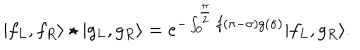
| f _ { L } , f _ { R } \rangle \star | g _ { L } , g _ { R } \rangle = e ^ { - \int _ { 0 } ^ { \frac { \pi } { 2 } } f ( \pi - \sigma ) g ( \sigma ) } | f _ { L } , g _ { R } \rangle .